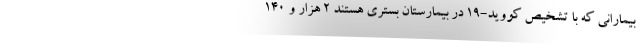
بیمارانی که با تشخیص کووید-۱۹ در بیمارستان بستری هستند ۲ هزار و ۱۴۰